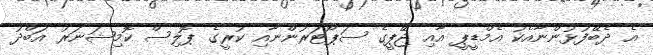
އެ ދެބޭފުޅުންނާއެކު އެމްޑީޕީ އާއި ޖޭޕީގެ ސަޕޯޓަރުންނާއި ކުރީގެ ޕޮލިސް ކޮމިޝަނަރު އަބްދު